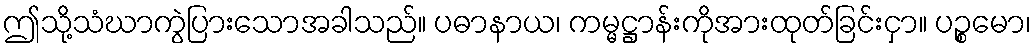
ဤသို့သံဃာကွဲပြားသောအခါသည်။ ပဓာနာယ၊ ကမ္မဋ္ဌာန်းကိုအားထုတ်ခြင်းငှာ။ ပဉ္စမော၊